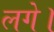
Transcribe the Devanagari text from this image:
लगेे।